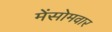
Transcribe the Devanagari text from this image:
मेंसोमवार